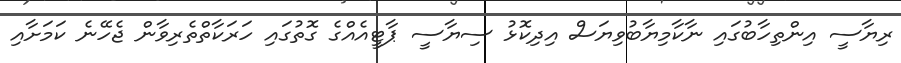
ރިޔާސީ އިންތިހާބުގައި ނާކާމިޔާބުވިޔަސް އިދިކޮޅު ސިޔާސީ ޕާޓީއެއްގެ ގޮތުގައި ހަރަކާތްތެރިވާން ޖެހޭނެ ކަމަށާއި